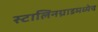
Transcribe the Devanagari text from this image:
स्टालिनग्राडमध्येच